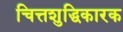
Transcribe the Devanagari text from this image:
चित्तशुद्धिकारक